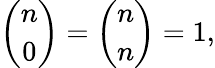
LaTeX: {\binom{n}{0}}={\binom{n}{n}}=1,